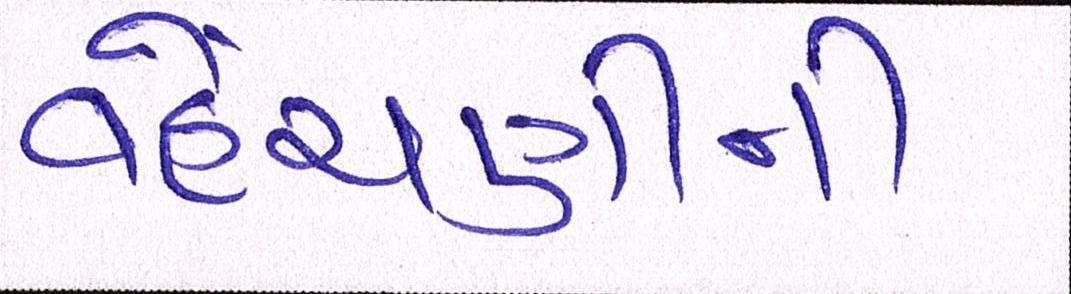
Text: વહેંચણીની